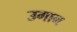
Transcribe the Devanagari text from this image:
उगान